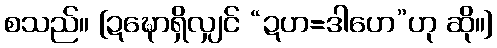
စသည်။ [ဍဍ္ဎောရှိလျှင် “ဍဟ=ဒါဟေ”ဟု ဆို။]